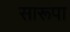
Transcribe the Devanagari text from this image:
सारूपा